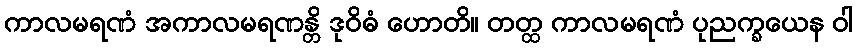
ကာလမရဏံ အကာလမရဏန္တိ ဒုဝိဓံ ဟောတိ။ တတ္ထ ကာလမရဏံ ပုညက္ခယေန ဝါ